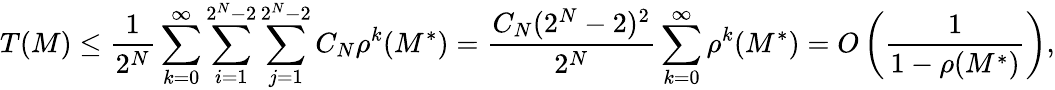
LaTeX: T(M)\leq\frac{1}{2^{N}}\sum_{k=0}^{\infty}\sum_{i=1}^{2^{N}-2}\sum_{j=1}^{2^{N}-2}C_{N}\rho^{k}(M^{\ast})=\frac{C_{N}(2^{N}-2)^{2}}{2^{N}}\sum_{k=0}^{\infty}\rho^{k}(M^{\ast})=O\left(\frac{1}{1-\rho(M^{\ast})}\right),